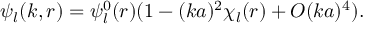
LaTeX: \psi _ { l } ( k , r ) = \psi _ { l } ^ { 0 } ( r ) ( 1 - ( k a ) ^ { 2 } \chi _ { l } ( r ) + O ( k a ) ^ { 4 } ) .